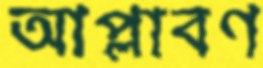
আপ্লাবণ